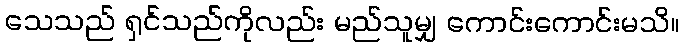
သေသည် ရှင်သည်ကိုလည်း မည်သူမျှ ကောင်းကောင်းမသိ။